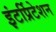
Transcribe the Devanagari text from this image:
इंटर्प्रिटेशन